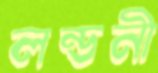
লন্ডনী